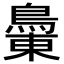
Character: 𪂝